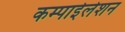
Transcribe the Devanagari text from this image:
कम्पाईलेशन